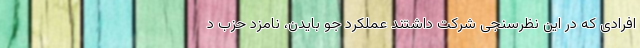
افرادی که در این نظرسنجی شرکت داشتند عملکرد جو بایدن، نامزد حزب د